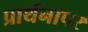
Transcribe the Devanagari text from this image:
प्रार्थनापर